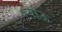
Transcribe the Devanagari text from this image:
भ्याऊ